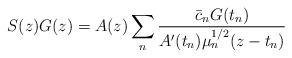
LaTeX: \begin{align*}S(z)G(z) = A(z) \sum_n \frac{\bar c_n G(t_n)}{A'(t_n)\mu_n^{1/2}(z-t_n)}\end{align*}